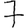
Digit: 7